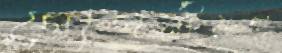
গোপনীয়তা